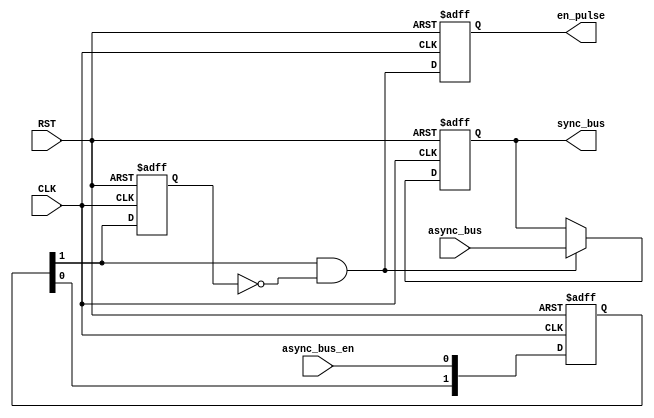
`timescale 1ns / 1ps

//////////////////////////////////////////////////////////////////////////////////
// Diploma: By Eng. Ali Mohamed Eltemsah
// Design Name: DigIC_Dip08_09_CDC
// Module Name: Data_SYNC
// Project Name: Data Synchronizer
//////////////////////////////////////////////////////////////////////////////////

module Data_SYNC #(parameter STAGES_NUM = 2, BUS_WIDTH = 8) (
    input   wire    [BUS_WIDTH - 1 : 0]     async_bus,
    input   wire                            async_bus_en,
    input   wire                            CLK,
    input   wire                            RST,
    output  wire                            en_pulse,
    output  wire    [BUS_WIDTH - 1 : 0]     sync_bus
    );

reg     [STAGES_NUM - 1 : 0]    bit_sync_reg, bit_sync_next; 
reg                             out_pulse_reg,  out_pulse_next;   
reg     [BUS_WIDTH - 1 : 0]     sync_bus_reg, sync_bus_next;
reg                             en_pulse_reg, en_pulse_next;
wire                            sync_bus_en;
wire                            sync_bus_en_pulse;

// bit synchronizer
always @(posedge CLK, negedge RST)
    begin
        if (!RST)
            begin
                bit_sync_reg <= 0;
            end
        else
            begin
                bit_sync_reg <= bit_sync_next;
            end
    end

always @(*)
    begin
        bit_sync_next = {bit_sync_reg[STAGES_NUM - 2 : 0], async_bus_en};
    end

assign sync_bus_en = bit_sync_reg[STAGES_NUM - 1];


// Pulse Generator
always @(posedge CLK, negedge RST)
    begin
        if (!RST)
            begin
                out_pulse_reg <= 0;
            end
        else
            begin
                out_pulse_reg <= out_pulse_next;
            end
    end

always @(*)
    begin
        out_pulse_next = sync_bus_en;
    end

assign sync_bus_en_pulse = sync_bus_en && (~out_pulse_reg);


// register sync_bus output
always @(posedge CLK, negedge RST)
    begin
        if (!RST)
            begin
                sync_bus_reg <= 0;
            end
        else
            begin
                sync_bus_reg <= sync_bus_next;
            end
    end

always @(*)
    begin
        sync_bus_next = sync_bus_en_pulse? async_bus : sync_bus_reg;
    end

assign sync_bus = sync_bus_reg;
 

// register en_pulse output   
always @(posedge CLK, negedge RST)
    begin
        if (!RST)
            begin
                en_pulse_reg <= 0;
            end
        else
            begin
                en_pulse_reg <= en_pulse_next;
            end
    end

always @(*)
    begin
        en_pulse_next = sync_bus_en_pulse;
    end

assign en_pulse = en_pulse_reg;
endmodule